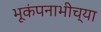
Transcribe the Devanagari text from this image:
भूकंपनाभीच्या